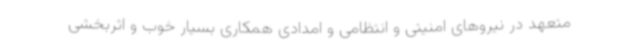
متعهد در نیروهای امنیتی و انتظامی و امدادی همکاری بسیار خوب و اثربخشی